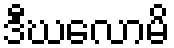
ဒီဃလောမိ